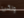
ولكى